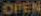
OPEN